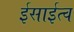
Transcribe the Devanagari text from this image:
ईसाईत्व